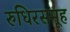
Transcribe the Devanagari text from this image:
रुधिरसमूह